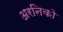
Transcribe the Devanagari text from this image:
अरनिको